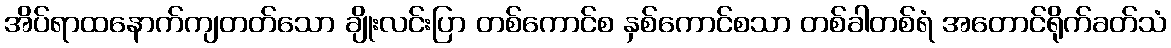
အိပ်ရာထနောက်ကျတတ်သော ချိုးလင်းပြာ တစ်ကောင်စ နှစ်ကောင်စသာ တစ်ခါတစ်ရံ အတောင်ရိုက်ခတ်သံ